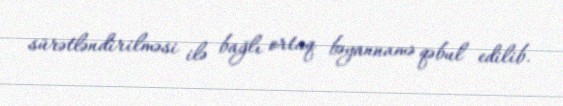
sürətləndirilməsi ilə bağlı ortaq bəyannamə qəbul edilib.